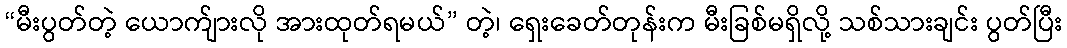
“မီးပွတ်တဲ့ ယောက်ျားလို အားထုတ်ရမယ်” တဲ့၊ ရှေးခေတ်တုန်းက မီးခြစ်မရှိလို့ သစ်သားချင်း ပွတ်ပြီး